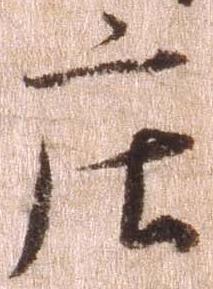
庄